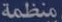
منظمة